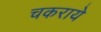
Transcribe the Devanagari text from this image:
चकराये